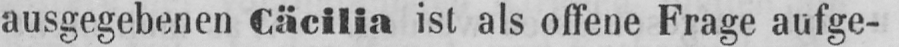
ausgegebenen Cäcilia ist als offene Frage aufge-